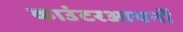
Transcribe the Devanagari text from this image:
काउंटरआयनों